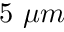
5 ~ \mu m